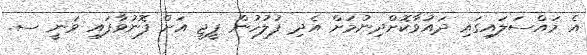
އެ މައްސަލައިގައި ދައުވާކޮށްދިނުމަށް އެދި ފުލުހުން ޕީޖީ އަށް ފޮނުވާފައި ވަނީ ސ.